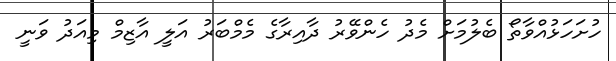
ހުށަހަޅުއްވާތޯ ބެލުމަށް މެދު ހެންވޭރު ދާއިރާގެ މެމްބަރު އަލީ އާޒިމް މިއަދު ވަނީ